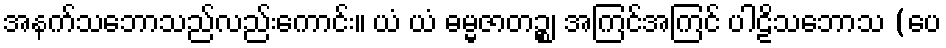
အနက်သဘောသည်လည်းကောင်း။ ယံ ယံ ဓမ္မဇာတဉ္စ၊ အကြင်အကြင် ပါဠိသဘောသ (ပေ